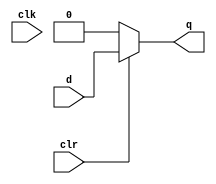
//Signal Sages Final Project Verilog Code
//counter.v

//References: https://www.javatpoint.com/verilog-d-flip-flop
//

module d_ff(
    input d,
    input clr,
    input clk,
    output reg q);

    always @ (clk or clr)
        if(!clr)
          q <=0;
        else   
          q <= d;

endmodule